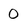
Character: 0